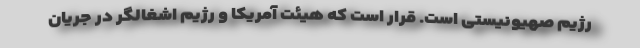
رژیم صهیونیستی است. قرار است که هیئت آمریکا و رژیم اشغالگر در جریان